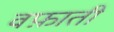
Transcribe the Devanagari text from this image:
वफ़ाती